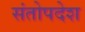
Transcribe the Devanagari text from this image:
संतोपदेश